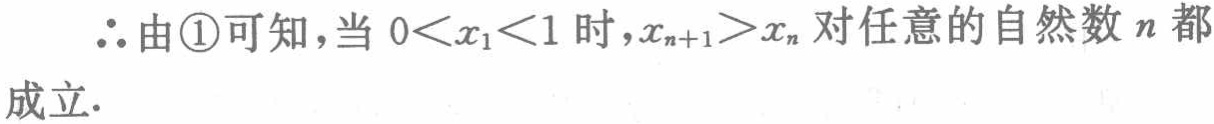
$\therefore$由\textcircled{1}可知，当$0<x_{1}<1$时，$x_{n + 1}>x_{n}$对任意的自然数$n$都成立.